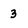
Character: 3